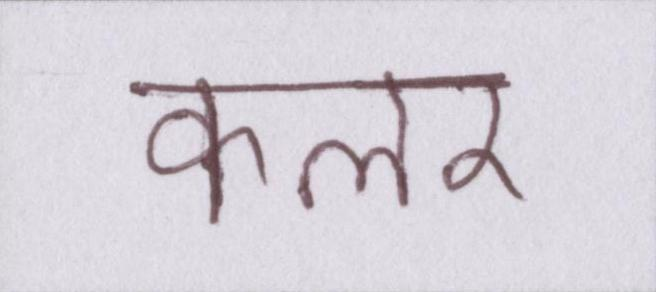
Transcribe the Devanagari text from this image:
कलर